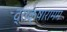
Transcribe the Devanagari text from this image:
द्राक्षारामम